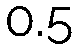
0.5